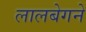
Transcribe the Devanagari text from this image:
लालबेगने